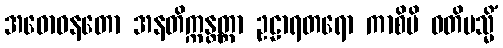
အဓောဝနတော အနတိက္ကန္တတ္တာ ဥဠာရတရော ကာစိပိ ဝတိမသ္မိံ